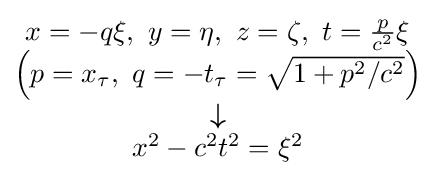
{\scriptstyle {\begin{matrix}x=-q\xi ,\ y=\eta ,\ z=\zeta ,\ t={\frac {p}{c^{2}}}\xi \\\left(p=x_{\tau },\ q=-t_{\tau }={\sqrt {1+p^{2}/c^{2}}}\right)\\{\boldsymbol {\downarrow }}\\x^{2}-c^{2}t^{2}=\xi ^{2}\end{matrix}}}